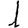
Digit: 1